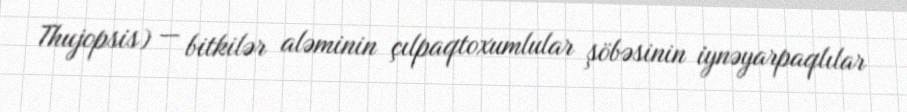
Thujopsis) — bitkilər aləminin çılpaqtoxumlular şöbəsinin i̇ynəyarpaqlılar